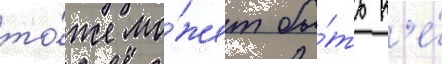
то́же мо́жет бы́ть н'е́